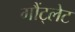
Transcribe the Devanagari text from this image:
गौंट्लेट